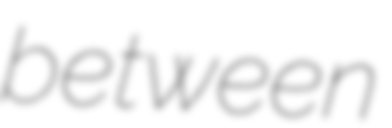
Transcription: between